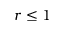
r \le 1